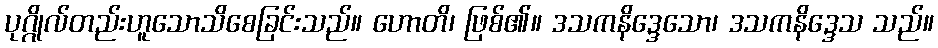
ပုဂ္ဂိုလ်တည်းဟူသောသိစေခြင်းသည်။ ဟောတိ၊ ဖြစ်၏။ ဒသကနိဒ္ဒေသော၊ ဒသကနိဒ္ဒေသ သည်။